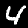
Digit: 4